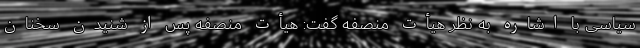
سیاسی با اشاره به نظر هیأت منصفه گفت: هیأت منصفه پس از شنیدن سخنان